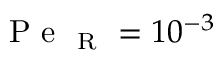
\mathrm { ~ P ~ e ~ } _ { \mathrm { ~ R ~ } } = 1 0 ^ { - 3 }